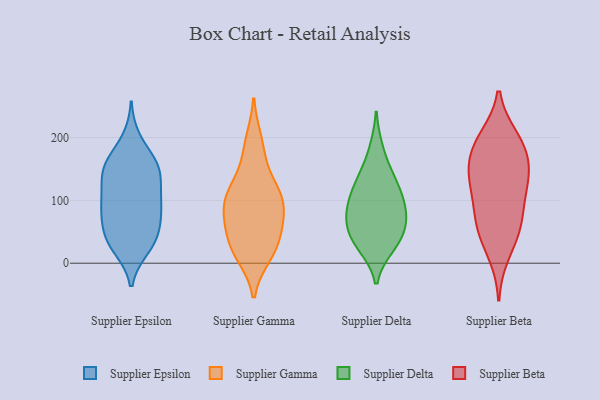
{"axis": {"x": "LTV (USD)", "y": "Value"}, "legend": ["Supplier Beta", "Supplier Delta", "Supplier Epsilon", "Supplier Gamma"], "data": [{"x": "", "y": 38, "type": "Supplier Epsilon"}, {"x": "", "y": 33, "type": "Supplier Epsilon"}, {"x": "", "y": 159, "type": "Supplier Epsilon"}, {"x": "", "y": 98, "type": "Supplier Epsilon"}, {"x": "", "y": 165, "type": "Supplier Epsilon"}, {"x": "", "y": 196, "type": "Supplier Epsilon"}, {"x": "", "y": 25, "type": "Supplier Epsilon"}, {"x": "", "y": 122, "type": "Supplier Epsilon"}, {"x": "", "y": 52, "type": "Supplier Epsilon"}, {"x": "", "y": 88, "type": "Supplier Epsilon"}, {"x": "", "y": 139, "type": "Supplier Epsilon"}, {"x": "", "y": 150, "type": "Supplier Epsilon"}, {"x": "", "y": 59, "type": "Supplier Epsilon"}, {"x": "", "y": 93, "type": "Supplier Epsilon"}, {"x": "", "y": 92, "type": "Supplier Epsilon"}, {"x": "", "y": 83, "type": "Supplier Epsilon"}, {"x": "", "y": 31, "type": "Supplier Epsilon"}, {"x": "", "y": 150, "type": "Supplier Epsilon"}, {"x": "", "y": 145, "type": "Supplier Epsilon"}, {"x": "", "y": 35, "type": "Supplier Gamma"}, {"x": "", "y": 195, "type": "Supplier Gamma"}, {"x": "", "y": 13, "type": "Supplier Gamma"}, {"x": "", "y": 72, "type": "Supplier Gamma"}, {"x": "", "y": 100, "type": "Supplier Gamma"}, {"x": "", "y": 48, "type": "Supplier Gamma"}, {"x": "", "y": 133, "type": "Supplier Gamma"}, {"x": "", "y": 18, "type": "Supplier Gamma"}, {"x": "", "y": 113, "type": "Supplier Gamma"}, {"x": "", "y": 72, "type": "Supplier Gamma"}, {"x": "", "y": 22, "type": "Supplier Gamma"}, {"x": "", "y": 109, "type": "Supplier Gamma"}, {"x": "", "y": 105, "type": "Supplier Gamma"}, {"x": "", "y": 178, "type": "Supplier Gamma"}, {"x": "", "y": 79, "type": "Supplier Gamma"}, {"x": "", "y": 120, "type": "Supplier Delta"}, {"x": "", "y": 26, "type": "Supplier Delta"}, {"x": "", "y": 58, "type": "Supplier Delta"}, {"x": "", "y": 97, "type": "Supplier Delta"}, {"x": "", "y": 141, "type": "Supplier Delta"}, {"x": "", "y": 35, "type": "Supplier Delta"}, {"x": "", "y": 136, "type": "Supplier Delta"}, {"x": "", "y": 28, "type": "Supplier Delta"}, {"x": "", "y": 57, "type": "Supplier Delta"}, {"x": "", "y": 66, "type": "Supplier Delta"}, {"x": "", "y": 105, "type": "Supplier Delta"}, {"x": "", "y": 87, "type": "Supplier Delta"}, {"x": "", "y": 183, "type": "Supplier Delta"}, {"x": "", "y": 79, "type": "Supplier Delta"}, {"x": "", "y": 154, "type": "Supplier Beta"}, {"x": "", "y": 197, "type": "Supplier Beta"}, {"x": "", "y": 48, "type": "Supplier Beta"}, {"x": "", "y": 51, "type": "Supplier Beta"}, {"x": "", "y": 105, "type": "Supplier Beta"}, {"x": "", "y": 149, "type": "Supplier Beta"}, {"x": "", "y": 175, "type": "Supplier Beta"}, {"x": "", "y": 142, "type": "Supplier Beta"}, {"x": "", "y": 192, "type": "Supplier Beta"}, {"x": "", "y": 114, "type": "Supplier Beta"}, {"x": "", "y": 200, "type": "Supplier Beta"}, {"x": "", "y": 132, "type": "Supplier Beta"}, {"x": "", "y": 67, "type": "Supplier Beta"}, {"x": "", "y": 14, "type": "Supplier Beta"}, {"x": "", "y": 75, "type": "Supplier Beta"}]}